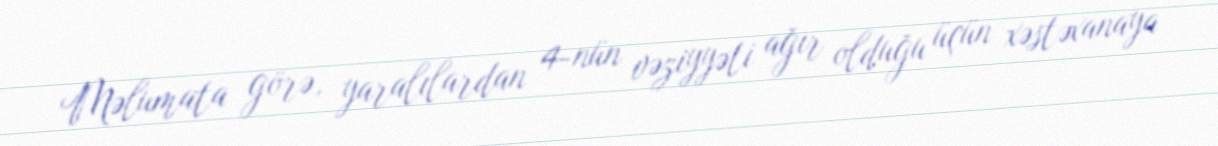
Məlumata görə, yaralılardan 4-nün vəziyyəti ağır olduğu üçün xəstəxanaya